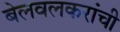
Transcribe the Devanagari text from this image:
बेलवलकरांची